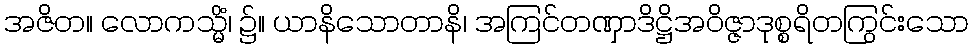
အဇိတ။ လောကသ္မိံ၊ ၌။ ယာနိသောတာနိ၊ အကြင်တဏှာဒိဋ္ဌိအဝိဇ္ဇာဒုစ္စရိတကြွင်းသော